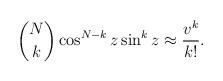
LaTeX: \begin{align*}\binom{N}{k}\cos^{N-k}z \sin^kz \approx \frac{v^k}{k!}.\end{align*}